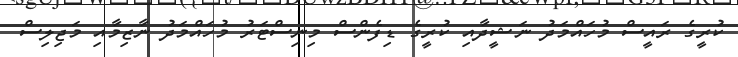
ކުރީގެ ރައީސް މުހައްމަދު ނަޝީދާއި ކުރީގެ ޑިފެންސް މިިނިސްޓަރު މުހައްމަދު ނާޒިމާއި މަޖިލިސް